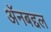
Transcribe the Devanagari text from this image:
अॅनबद्दल